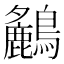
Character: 𪇤